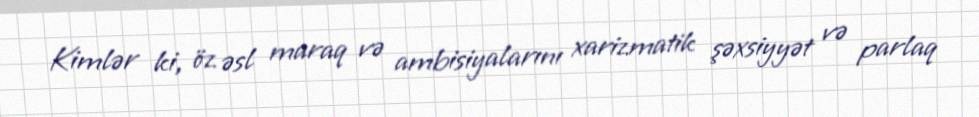
Kimlər ki, öz əsl maraq və ambisiyalarını xarizmatik şəxsiyyət və parlaq